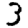
Digit: 3